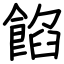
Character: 餡